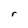
Character: r